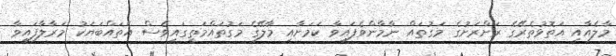
މާލެއާއި އަތޮޅުތެރޭގެ ރަށްރަށުގެ މަގުތައް ނާމާންވެފައިވާ ކަމަށާއި މާލޭގެ މަގުތައްމަތީގައިވެސް އެތައްބަޔަކު މަރާލާފައިވާ